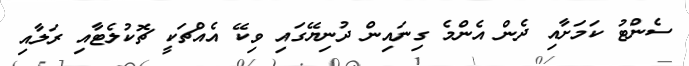
ސެންޓު ކަމަށާއި ދެން އެންމެ ގިނައިން ދުނިޔޭގައި ވިކޭ އެއްޗަކީ ޗޮކުލެޓާއި ރަލާއި